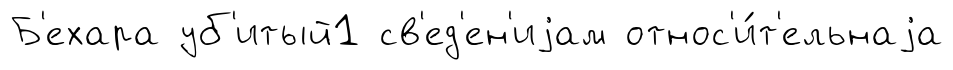
Б'ехара уб'итый1 св'ед'ен'иjам относ'и́т'ельнаjа